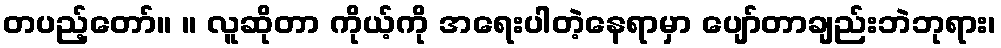
တပည့်တော်။ ။ လူဆိုတာ ကိုယ့်ကို အရေးပါတဲ့နေရာမှာ ပျော်တာချည်းဘဲဘုရား၊